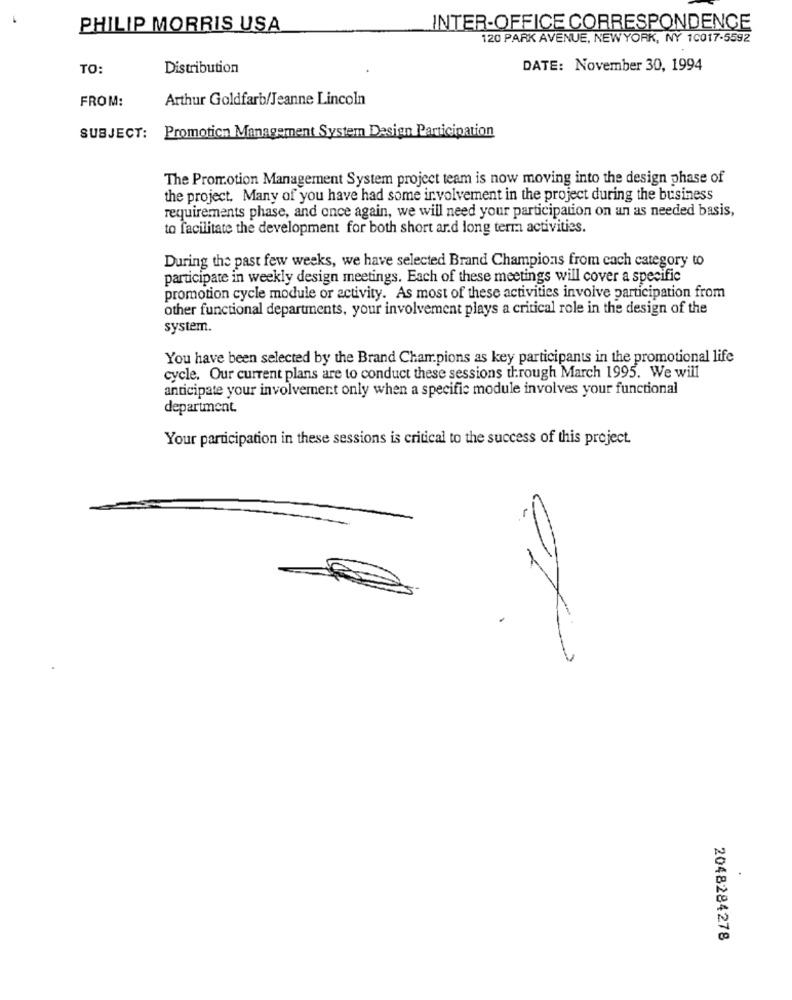
PHILIP MORRIS USA
INTER-OFFICE CORRESPONDENCE
120 PARK AVENUE, NEW YORK, NY 10017-5592
TO:
Distribution
DATE: November 30, 1994
FROM:
Arthur Goldfarb/Jeanne Lincoln
Promotion Management System Dasign Participation
SUBJECT:
The Promotion Management System project team is now moving into the design phase of
the project. Many of you have had some involvement in the project during the business
requirements phase, and once again, we will need your participation on an as needed basis,
to facilitate the development for both short ard long term activities.
During the past few weeks, we have selected Brand Champions from cach category to
participate in weekly design meetings. Each of these meetings will cover a specific
promotion cycle module or activity. As most of these activities involve participation from
other functional departments, your involvement plays a critical role in the design of the
system.
You have been selected by the Brand Champions as key participants in the promotional life
cycle. Our current plans are to conduct these sessions through March 1995. We will
anticipate your involvement only when a specific module involves your functional
department.
Your participation in these sessions is critical to the success of this project.
2048284278